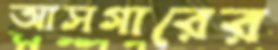
আসগারের